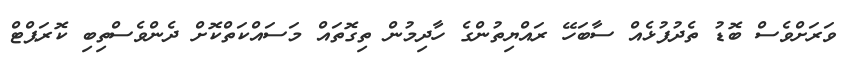
ވަރަށްވެސް ބޮޑު ތެދުފުޅެއް ސާބަހޭ ރައްޔިތުންގެ ހާދިމުން ތިގޮތައް މަސައްކަތްކޮށް ދެންވެސްތިބި ކޮރަޕްޓް